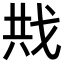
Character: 𪭍